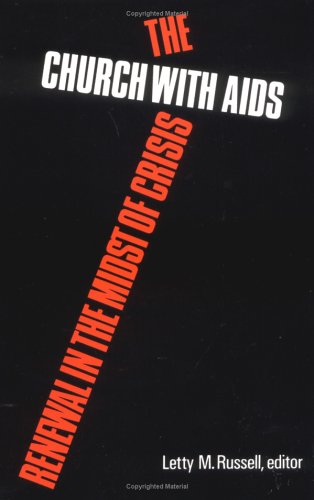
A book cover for The Church with AIDS: Renewal in the Midst of Crisis; Christian Books & Bibles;